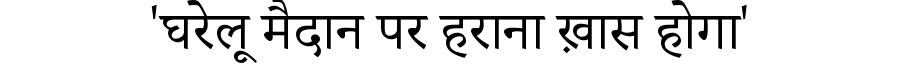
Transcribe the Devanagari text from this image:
'घरेलू मैदान पर हराना ख़ास होगा'